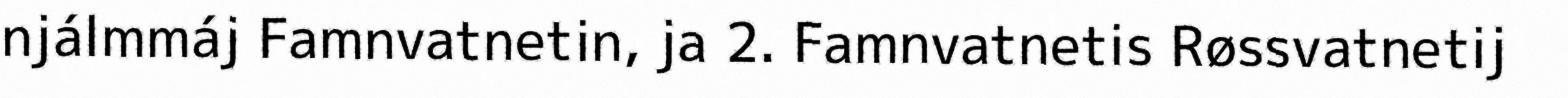
njálmmáj Famnvatnetin, ja 2. Famnvatnetis Røssvatnetij